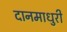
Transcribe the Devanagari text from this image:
दानमाधुरी